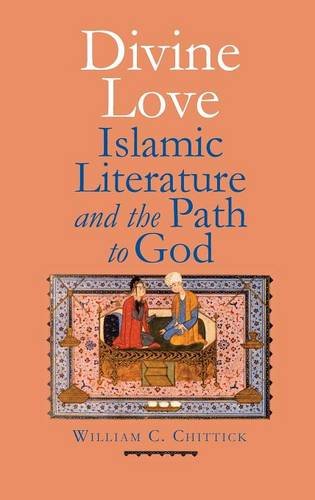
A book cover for Divine Love: Islamic Literature and the Path to God; William C. Chittick; Religion & Spirituality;